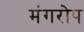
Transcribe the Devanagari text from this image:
मंगरोप